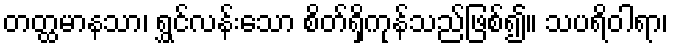
တတ္ထမာနသာ၊ ရွှင်လန်းသော စိတ်ရှိကုန်သည်ဖြစ်၍။ သပရိဝါရာ၊